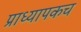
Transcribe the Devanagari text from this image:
प्राध्यापकच